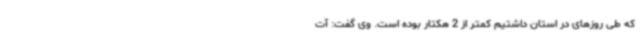
که طی روزهای در استان داشتیم کمتر از 2 هکتار بوده است. وی گفت: آت